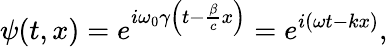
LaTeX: \psi(t,x)=e^{i\omega_{0}\gamma\left(t-\frac{\beta}{c}x\right)}=e^{i(\omega t-kx)},